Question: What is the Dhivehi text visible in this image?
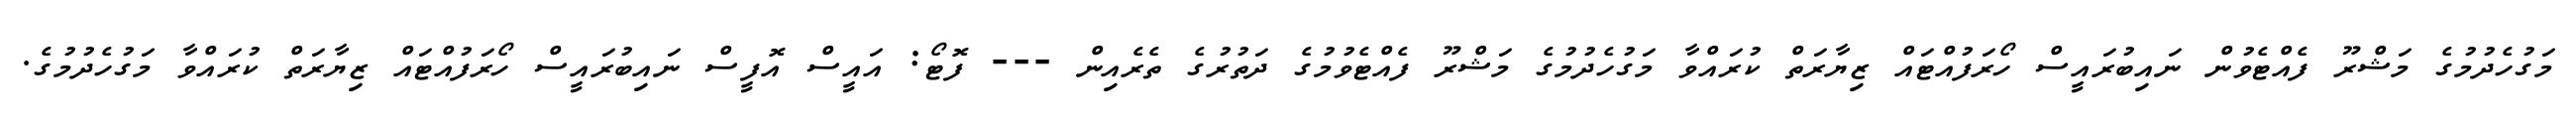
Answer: މަގުހެދުމުގެ މަޝްރޫ ފެއްޓެވުން ނައިބުރައީސް ހޯރަފުއްޓައް ޒިޔާރަތް ކުރައްވާ މަގުހެދުމުގެ މަޝްރޫ ފެއްޓެވުމުގެ ދަތުރުގެ ތެރެއިން --- ފޮޓޯ: އައީސް އޮފީސް ނައިބުރައީސް ހޯރަފުއްޓައް ޒިޔާރަތް ކުރައްވާ މަގުހެދުމުގެ.